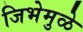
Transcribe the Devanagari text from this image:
जिभेमुळे